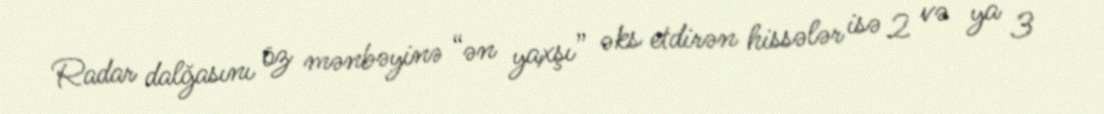
Radar dalğasını öz mənbəyinə “ən yaxşı” əks etdirən hissələr isə 2 və ya 3